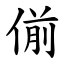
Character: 偂